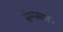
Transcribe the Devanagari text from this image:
सेमसपनि